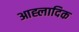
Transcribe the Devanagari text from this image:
आह्लादिक